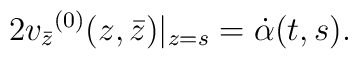
2{v_{\bar{z}}}^{(0)}(z, \bar{z})|_{z=s} = \dot{\alpha}(t, s).